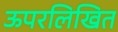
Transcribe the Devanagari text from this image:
ऊपरलिखित